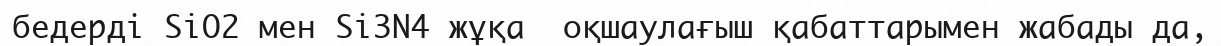
бедерді SiO2 мен Si3N4 жұқа  оқшаулағыш қабаттарымен жабады да,